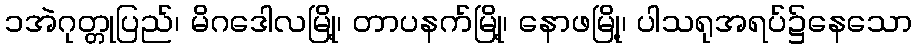
၁အဲဂုတ္တုပြည်၊ မိဂဒေါလမြို့၊ တာပနက်မြို့၊ နောဖမြို့၊ ပါသရုအရပ်၌နေသော